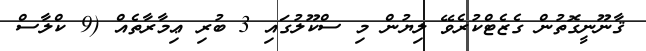
ޤާނޫނީގޮތުން ގެޒެޓްކުރެވޭ ލިޔުން މި ސްކޫލުގައި 3 ބުރި ޢިމާރާތެއް (9 ކްލާސް